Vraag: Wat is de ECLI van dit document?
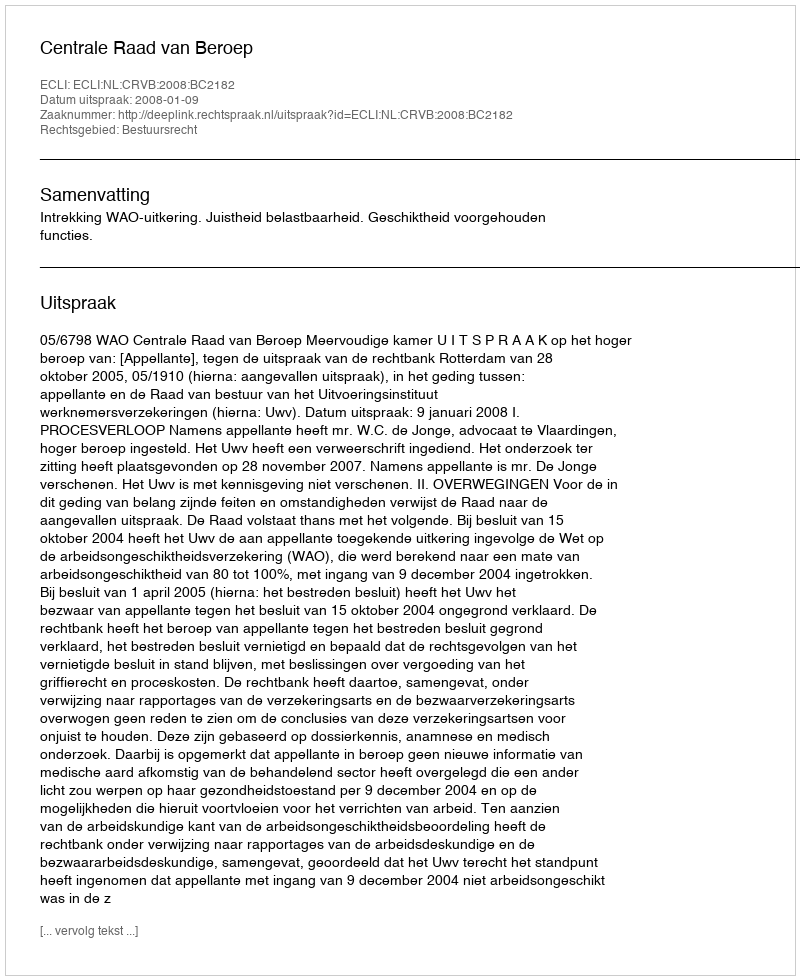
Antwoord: ECLI:NL:CRVB:2008:BC2182